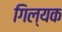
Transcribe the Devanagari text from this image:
गिल्यक